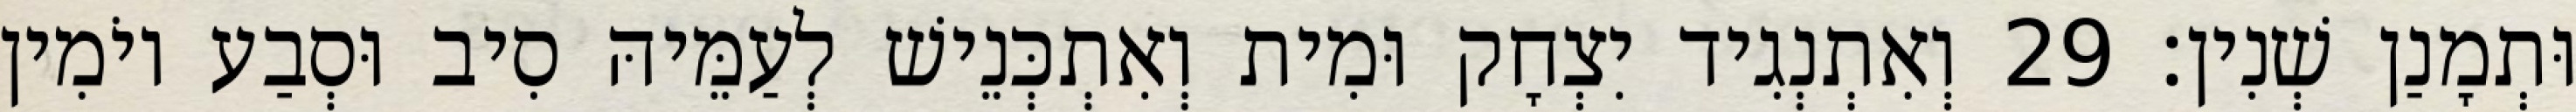
וּתְמָנַן שְׁנִין׃ 29 וְאִתְנְגִיד יִצְחָק וּמִית וְאִתְכְּנֵישׁ לְעַמֵּיהּ סִיב וּסְבַע יוֹמִין